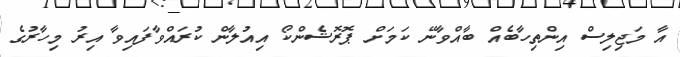
އާ މަޖިލިސް އިންތިހާބެއް ބާއްވާނޭ ކަމަށް ޕޮރޮޝެންކޯ އިއުލާން ކުރައްވާފައިވާ އިރު މިހާރުގެ